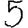
Digit: 5